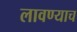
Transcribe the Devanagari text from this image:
लावण्याच